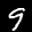
Label: 9